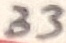
Text: 33